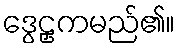
ဒွေဠှကမည်၏။